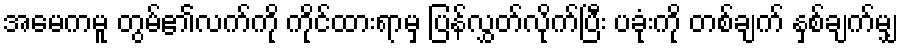
အမေကမူ တွမ်၏လက်ကို ကိုင်ထားရာမှ ပြန်လွှတ်လိုက်ပြီး ပခုံးကို တစ်ချက် နှစ်ချက်မျှ